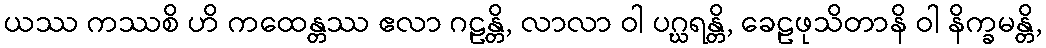
ယဿ ကဿစိ ဟိ ကထေန္တဿ ဧလာ ဂဠန္တိ, လာလာ ဝါ ပဂ္ဃရန္တိ, ခေဠဖုသိတာနိ ဝါ နိက္ခမန္တိ,